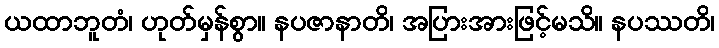
ယထာဘူတံ၊ ဟုတ်မှန်စွာ။ နပဇာနာတိ၊ အပြားအားဖြင့်မသိ။ နပဿတိ၊